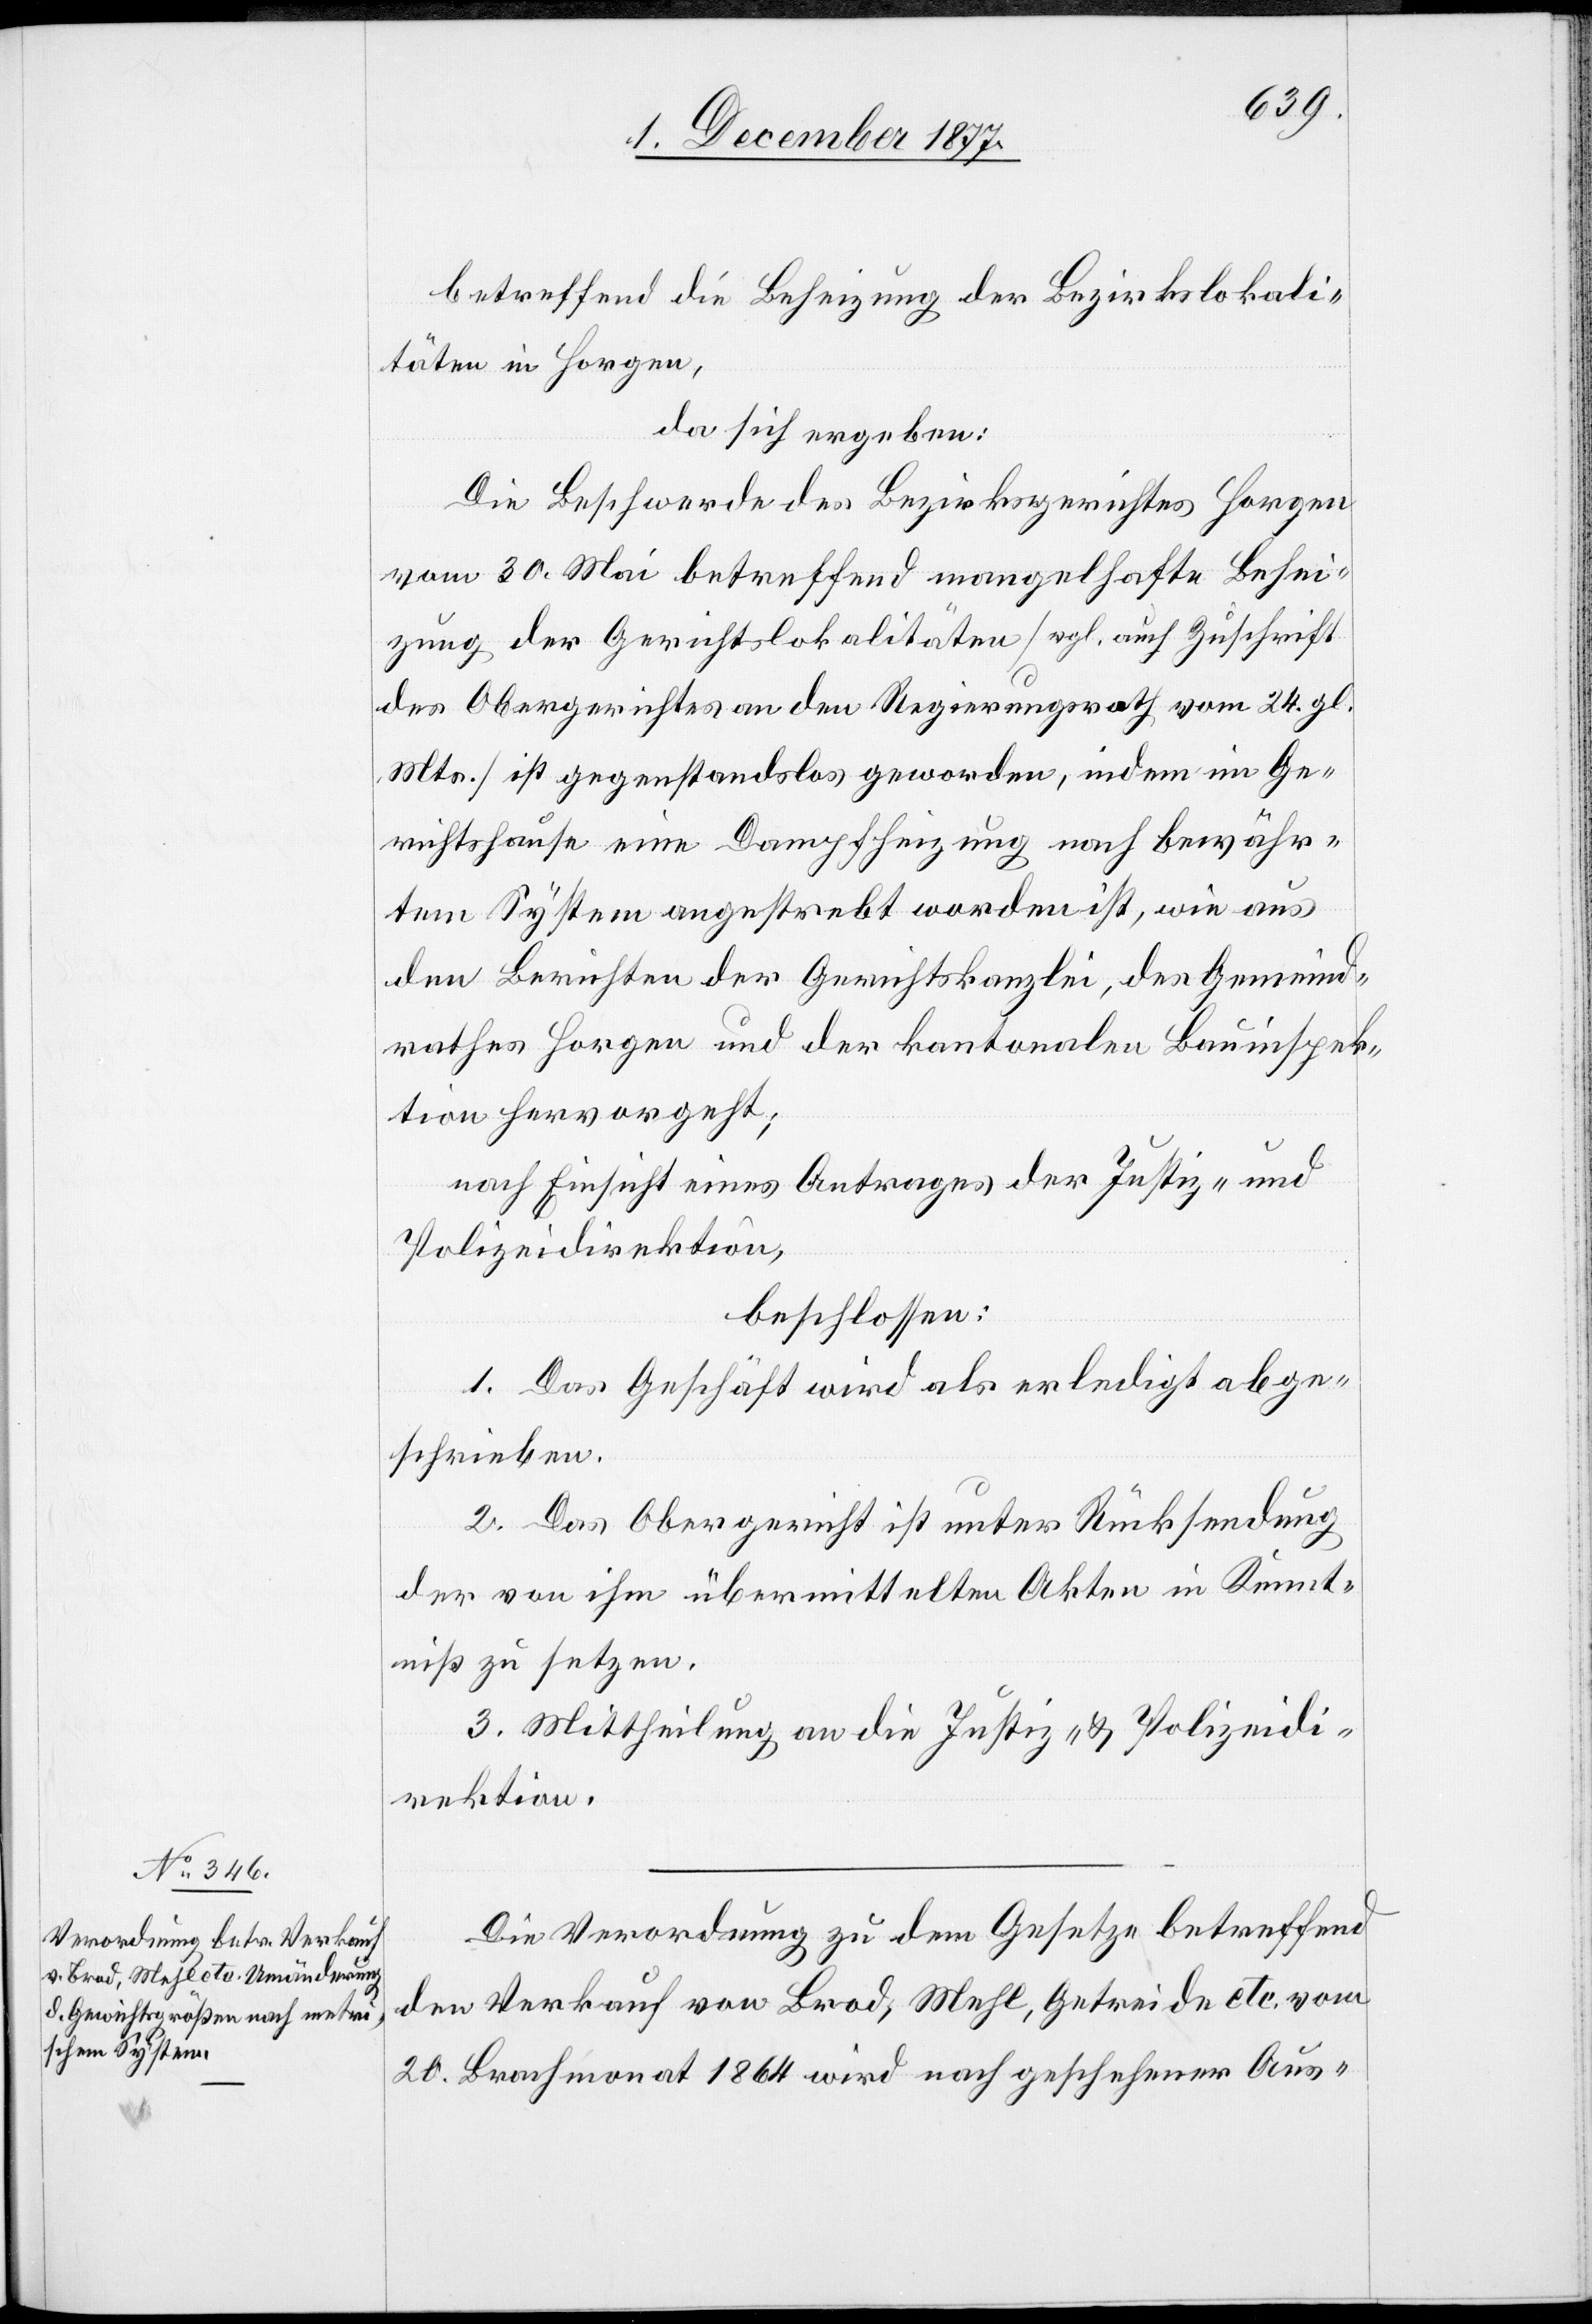
betreffend die Beheizung der Bezirkslokali¬
täten in Horgen,
da sich ergeben:
Die Beschwerde des Bezirksgerichtes Horgen
vom 30. Mai betreffend mangelhafte Behei¬
zung der Gerichtslokalitäten [vgl. auch Zuschrift
des Obergerichtes an den Regierungsrath vom 24. gl.
Mts.] ist gegenstandslos geworden, indem im Ge¬
richtshause eine Dampfheizung nach bewähr¬
tem System angestrebt worden ist, wie aus
den Berichten der Gerichtskanzlei, des Gemeind¬
rathes Horgen und der kantonalen Bauinspek¬
tion hervorgeht;
nach Einsicht eines Antrages der Justiz- und
Polizeidirektion,
beschlossen:
1. Das Geschäft wird als erledigt abge¬
schrieben.
2. Das Obergericht ist unter Rücksendung
der von ihm übermittelten Akten in Kennt¬
niß zu setzen.
3. Mittheilung an die Justiz- & Polizeidi¬
rektion.
Die Verordnung zu dem Gesetze betreffend
den Verkauf von Brod, Mehl, Getreide etc. vom
20. Brachmonat 1864 wird nach geschehener Aus-